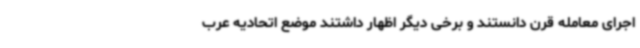
اجرای معامله قرن دانستند و برخی دیگر اظهار داشتند موضع اتحادیه عرب